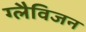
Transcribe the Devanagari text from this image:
ग्लैविजन